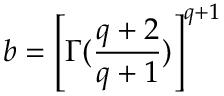
b = \left[ \Gamma ( \frac { q + 2 } { q + 1 } ) \right] ^ { q + 1 }